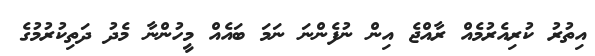
އިތުރު ކުރިއެރުމެއް ރާއްޖެ އިން ނުފެންނަ ނަމަ ބައެއް މީހުންނާ މެދު ދަތިކުރުމުގެ